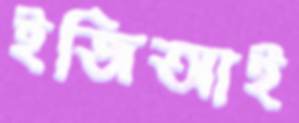
ইজিআই